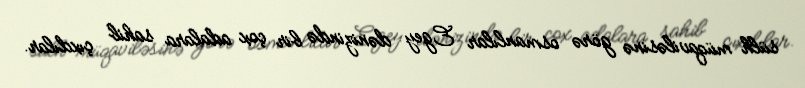
sülh müqaviləsinə görə osmanlılar Egey dənizində bir çox adalara sahib çıxdılar.